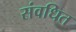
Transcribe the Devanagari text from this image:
संवधित